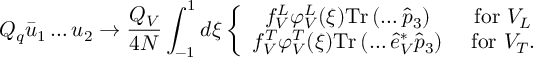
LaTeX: Q _ { q } \bar { u } _ { 1 } \dots u _ { 2 } \to \frac { Q _ { V } } { 4 N } \int _ { - 1 } ^ { 1 } d \xi \left\{ \begin{array} { c c c } { { f _ { V } ^ { L } \varphi _ { V } ^ { L } ( \xi ) \mathrm { T r } \left( \dots \hat { p } _ { 3 } \right) } } & { { \mathrm { ~ f o r ~ } V _ { L } } } \\ { { f _ { V } ^ { T } \varphi _ { V } ^ { T } ( \xi ) \mathrm { T r } \left( \dots \hat { e } _ { V } ^ { * } \hat { p } _ { 3 } \right) } } & { { \mathrm { ~ f o r ~ } V _ { T } . } } \end{array} \right.